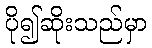
ပို၍ဆိုးသည်မှာ